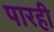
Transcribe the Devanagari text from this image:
पारही